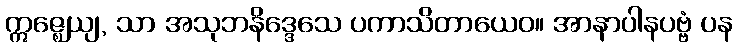
ဣဇ္ဈေယျ, သာ အသုဘနိဒ္ဒေသေ ပကာသိတာယေဝ။ အာနာပါနပဗ္ဗံ ပန